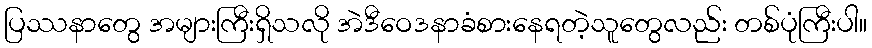
ပြဿနာတွေ အများကြီးရှိသလို အဲဒီဝေဒနာခံစားနေရတဲ့သူတွေလည်း တစ်ပုံကြီးပါ။